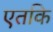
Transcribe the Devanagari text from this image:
एतकि